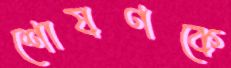
শোষণকে